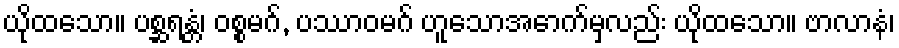
ယိုထသော။ ပစ္ဆရန္တံ၊ ဝစ္စမဂ်, ပဿာဝမဂ် ဟူသောအောက်မှလည်း ယိုထသော။ ဗာလာနံ၊